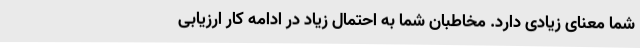
شما معنای زیادی دارد. مخاطبان شما به احتمال زیاد در ادامه کار ارزیابی